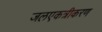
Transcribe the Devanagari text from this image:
जलएकत्रीकरण